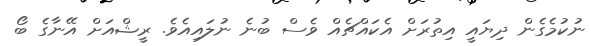
ނުކުމެގެން ދިޔައީ އިތުރަށް އެކައްޗެއް ވެސް ބުނެ ނުލައިއެވެ. ރީޝްއަށް އޭނާގެ ބޯ